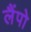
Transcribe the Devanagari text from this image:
लैंपो